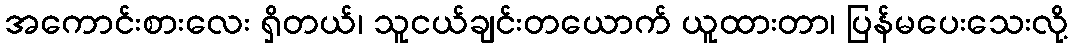
အကောင်းစားလေး ရှိတယ်၊ သူငယ်ချင်းတယောက် ယူထားတာ၊ ပြန်မပေးသေးလို့